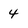
Character: 4